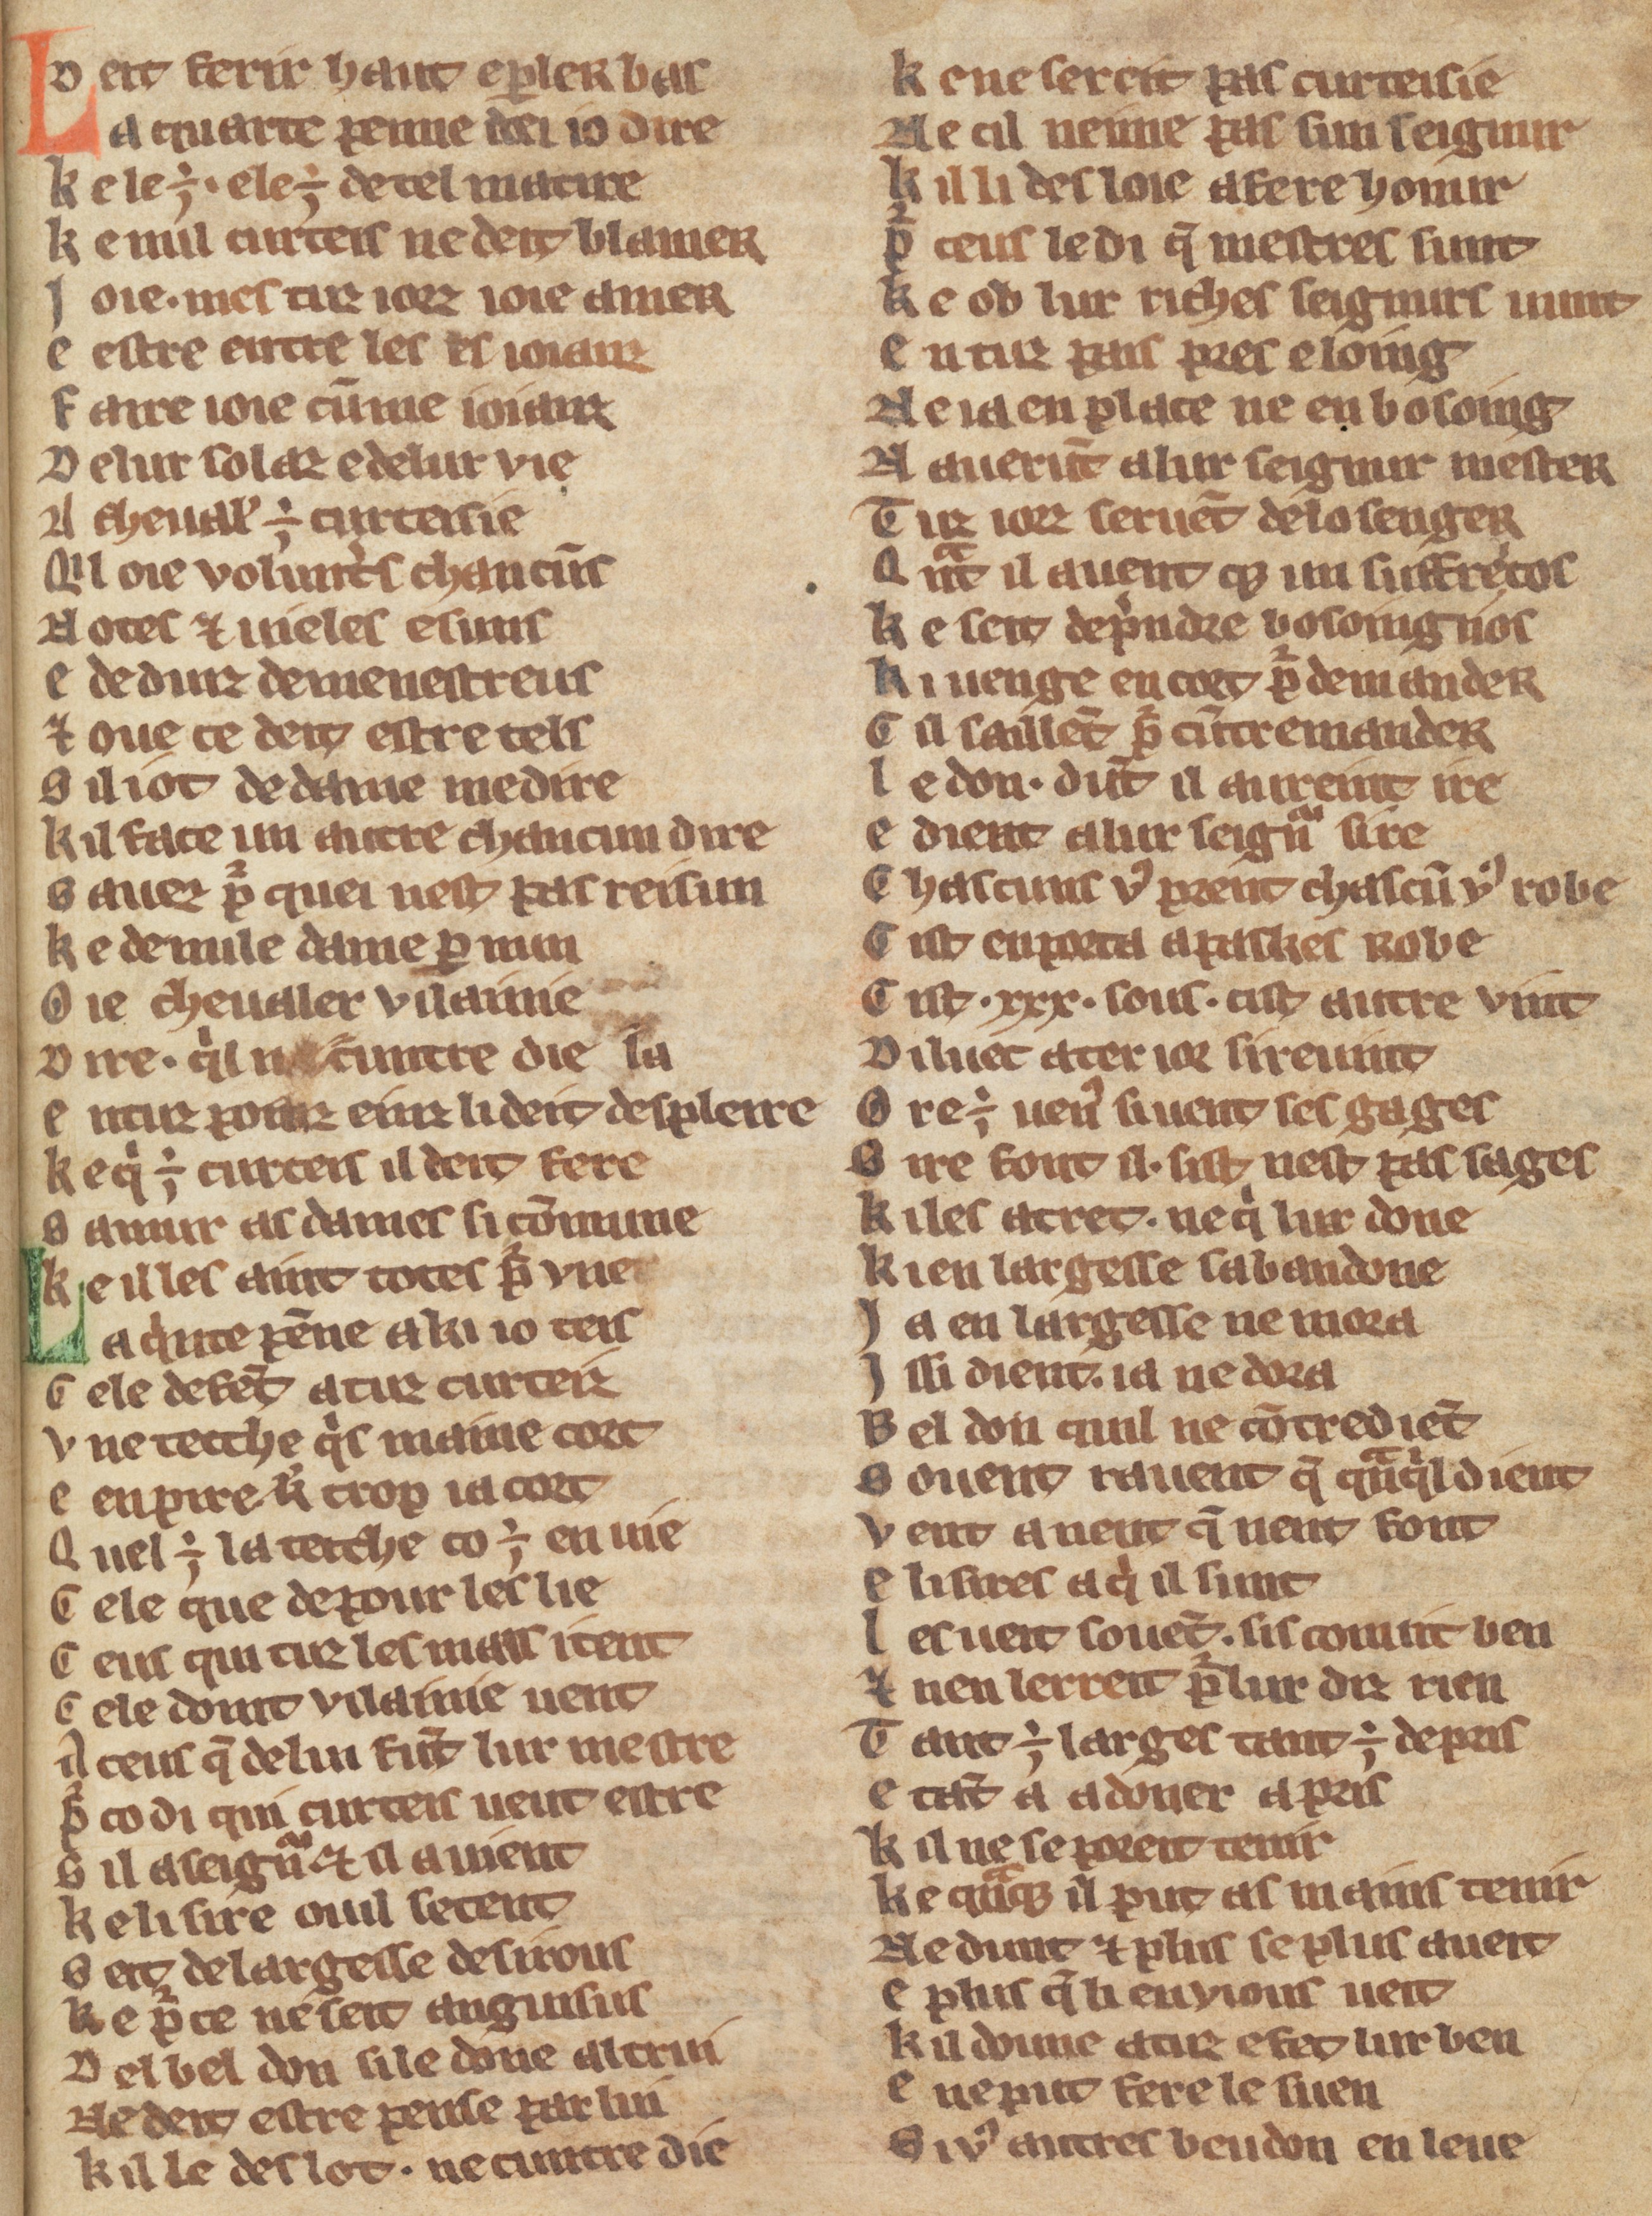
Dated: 1270–1330